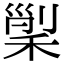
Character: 𥟸